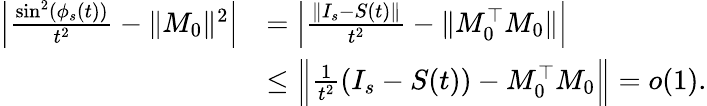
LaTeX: \begin{array}{rl}{\Big|\frac{\sin^{2}(\phi_{s}(t))}{t^{2}}-\| M_{0}\| ^{2}\Big|}&{=\Big|\frac{\| I_{s}-S(t)\| }{t^{2}}-\| M_{0}^{\top}M_{0}\| \Big|}\\ &{\le\Big\| \frac{1}{t^{2}}(I_{s}-S(t))-M_{0}^{\top}M_{0}\Big\| =o(1).}\end{array}